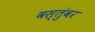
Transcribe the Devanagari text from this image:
वस्तुंवर